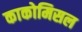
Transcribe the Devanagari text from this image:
काकोमिसल